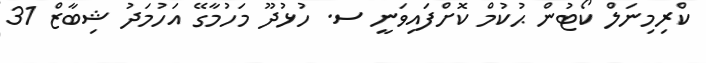
ކްރިމިނަލް ކޯޓުން ޙުކުމް ކޮށްފައިވަނީ ސ. ހުޅުދޫ މަހުމާގޭ އަހުމަދު ޝިބާޒް 31